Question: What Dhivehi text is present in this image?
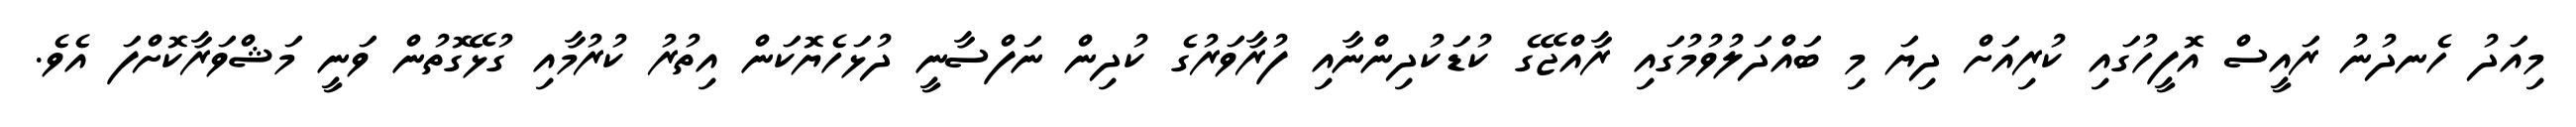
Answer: މިއަދު ހެނދުނު ރައީސް އޮފީހުގައި ކުރިއަށް ދިޔަ މި ބައްދަލުވުމުގައި ރާއްޖޭގެ ކުޑަކުދިންނާއި ފުރާވަރުގެ ކުދިން ނަފްސާނީ ދުޅަހެޔޮކަން އިތުރު ކުރުމާއި ގުޅޭގޮތުން ވަނީ މަޝްވަރާކޮށްފަ އެވެ.